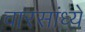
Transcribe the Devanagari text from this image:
वारसांध्ये